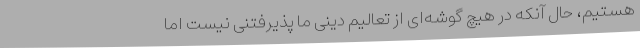
هستیم،‌ حال آنکه در هیچ گوشه‌ای از تعالیم دینی ما پذیرفتنی نیست اما